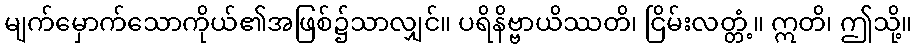
မျက်မှောက်သောကိုယ်၏အဖြစ်၌သာလျှင်။ ပရိနိဗ္ဗာယိဿတိ၊ ငြိမ်းလတ္တံ့။ ဣတိ၊ ဤသို့။